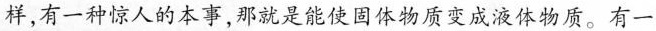
样，有一种惊人的本事，那就是能使固体物质变成液体物质。有一